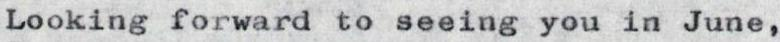
Looking forward to seeing you in June,